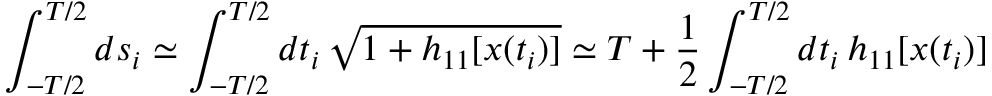
\int _ { - T / 2 } ^ { T / 2 } d s _ { i } \simeq \int _ { - T / 2 } ^ { T / 2 } d t _ { i } \, \sqrt { 1 + h _ { 1 1 } [ x ( t _ { i } ) ] } \simeq T + \frac { 1 } { 2 } \int _ { - T / 2 } ^ { T / 2 } d t _ { i } \, h _ { 1 1 } [ x ( t _ { i } ) ]